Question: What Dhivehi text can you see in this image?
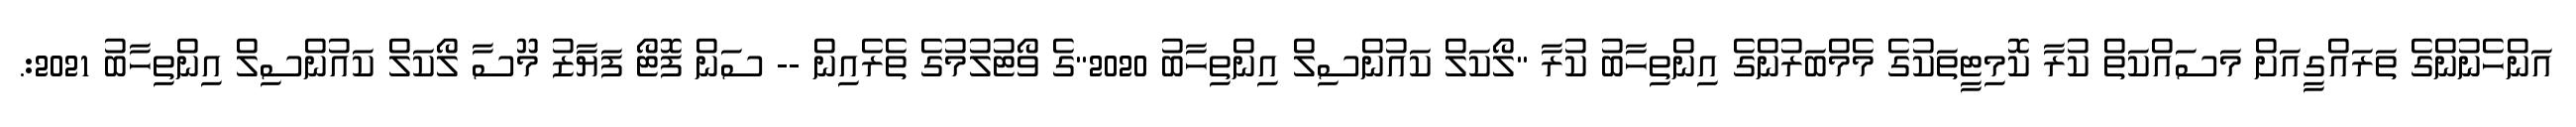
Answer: އަންހެނުންގެ ތަރައްގީއަށް މަސައްކަތް ކުރާ ކޮމިޓީތަކުގެ މެމްބަރުންގެ އިންތިހާބު ކުރާ "ލޯކަލް ކައުންސިލް އިންތިހާބު 2020"ގެ ވޯޓުލުމުގެ ތެރެއިން -- ސަން ފޮޓޯ ފަޔާޒު މޫސާ ލޯކަލް ކައުންސިލް އިންތިހާބު 2021:.